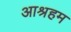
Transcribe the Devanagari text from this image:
आश्रहम